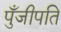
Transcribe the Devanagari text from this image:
पुँजीपति